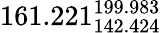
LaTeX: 161.221_{142.424}^{199.983}